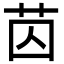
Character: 苬